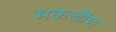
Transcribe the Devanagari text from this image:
मकलीश